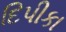
દિપીકા